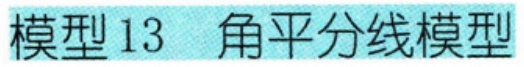
模型13 角平分线模型